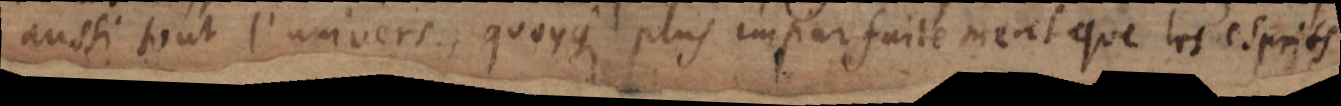
aussi tout l’univers, quoyque plus imparfaitement que les esprits